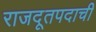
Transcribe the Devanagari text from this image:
राजदूतपदाची